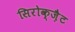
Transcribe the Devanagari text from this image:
सिरोक्ज़ैट